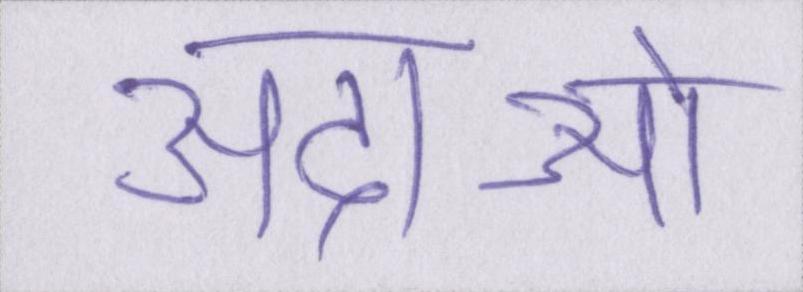
अदाओं